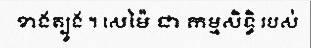
ខាងត្បូង ។ សេម៉ៃ ជា កម្មសិទ្ធិ របស់